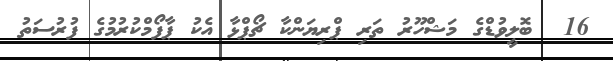
16  ބޮލީވުޑްގެ މަޝްހޫރު ތަރި ޕްރިޔަންކާ ޗޯޕްޅާ އެކު ޕާފޯމްކުރުމުގެ ފުރުސަތު